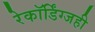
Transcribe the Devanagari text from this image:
रेकॉर्डिंग्जही